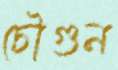
চৌগুন